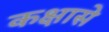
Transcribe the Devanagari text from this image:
कक्षासे